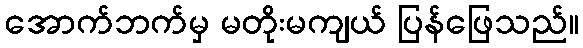
အောက်ဘက်မှ မတိုးမကျယ် ပြန်ဖြေသည်။